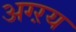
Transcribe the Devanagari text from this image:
अग्ऱय